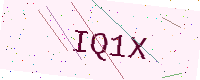
Text: IQ1X